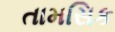
તામસિક